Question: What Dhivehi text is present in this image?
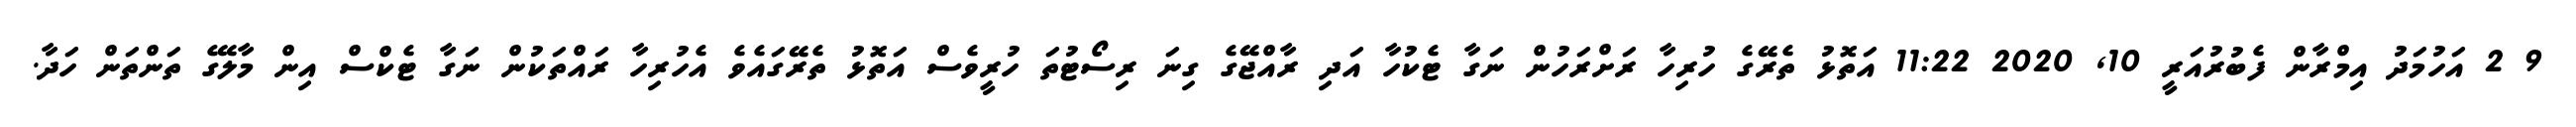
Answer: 9 2 އަހުމަދު އިމްރާން ފެބުރުއަރީ 10, 2020 11:22 އަތޮޅު ތެރޭގެ ހުރިހާ ރަށްރަހުން ނަގާ ޓެކުހާ އަދި ރާއްޖޭގެ ގިނަ ރިސޯޓުތަ ހުރީވެސް އަތޮޅު ތެރޭގައެވެ އެހުރިހާ ރައްތަކުން ނަގާ ޓެކްސް އިން މާލޭގެ ތަންތަން ހަދާ.